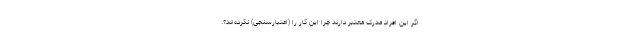
اگر این افراد مدرک معتبر دارند چرا این کار را (اعتبارسنجی) نکرده‌اند؟.